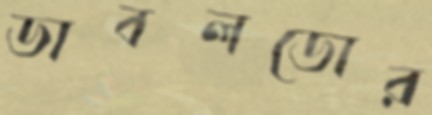
ডাবলডোর